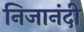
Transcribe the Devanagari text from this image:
निजानंदी